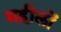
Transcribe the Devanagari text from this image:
महीलों